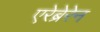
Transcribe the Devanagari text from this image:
एरेब्रेरेन